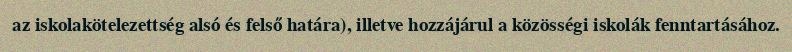
az iskolakötelezettség alsó és felső határa), illetve hozzájárul a közösségi iskolák fenntartásához.